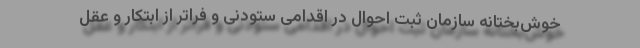
خوش‌بختانه سازمان ثبت احوال در اقدامی ستودنی و فراتر از ابتکار و عقل